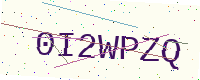
Text: 0I2WPZQ